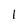
Character: l